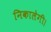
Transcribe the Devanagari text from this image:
निकालेगी।